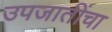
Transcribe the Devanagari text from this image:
उपजातींचा